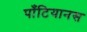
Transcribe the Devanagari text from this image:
पाँटियानस